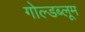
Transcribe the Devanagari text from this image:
गोल्डब्लूम